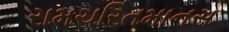
રામચરિતમાનસ